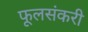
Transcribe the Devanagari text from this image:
फूलसंकरी